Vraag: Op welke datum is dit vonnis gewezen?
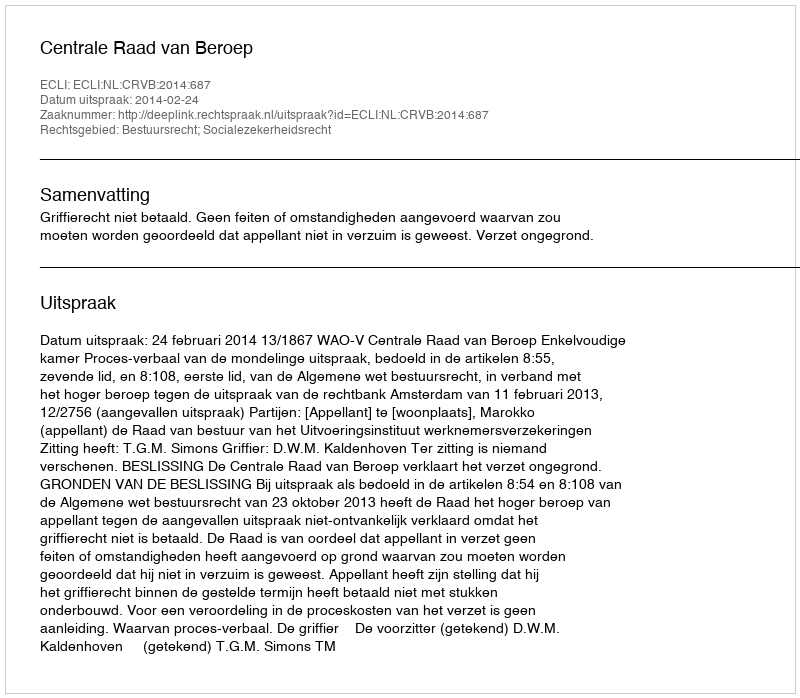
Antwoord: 2014-02-24